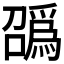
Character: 𫬑